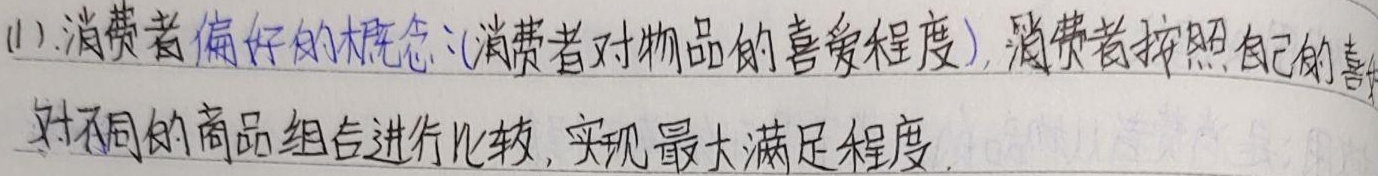
(1). 消费者偏好的概念：(消费者对物品的喜爱程度)，消费者按照自己的喜好对不同的商品组合进行比较，实现最大满足程度。